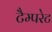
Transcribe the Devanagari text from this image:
टैम्परेट